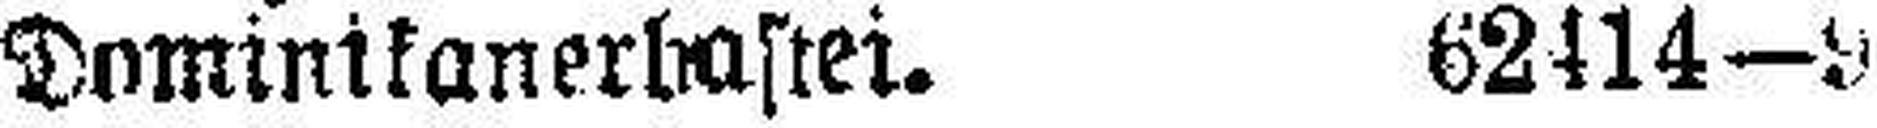
Dominikanerbastei. 62414—9